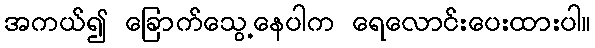
အကယ်၍ ခြောက်သွေ့နေပါက ရေလောင်းပေးထားပါ။